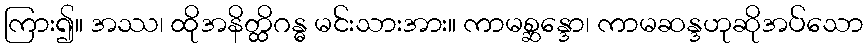
ကြား၍။ အဿ၊ ထိုအနိတ္ထိဂန္ဓ မင်းသားအား။ ကာမစ္ဆန္ဒော၊ ကာမဆန္ဒဟုဆိုအပ်သော